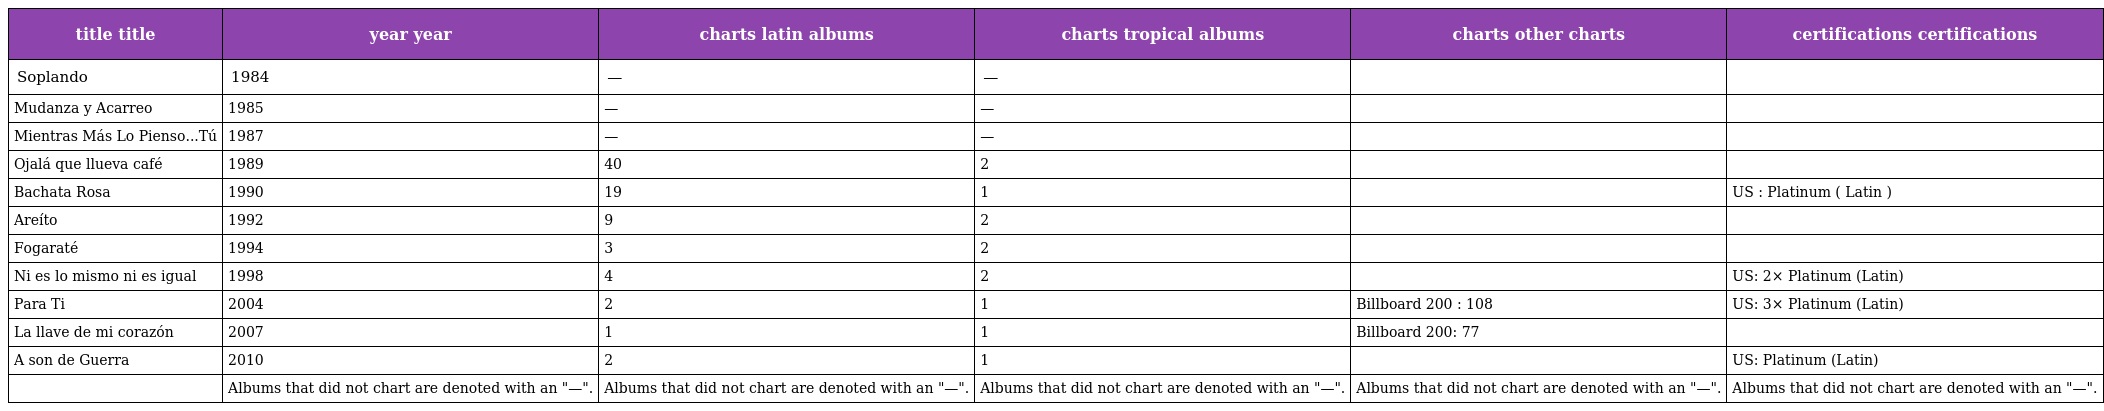
| title title | year year | charts latin albums | charts tropical albums | charts other charts | certifications certifications |
 | --- | --- | --- | --- | --- | --- |
 | Soplando | 1984 | — | — |  |  |
 | Mudanza y Acarreo | 1985 | — | — |  |  |
 | Mientras Más Lo Pienso...Tú | 1987 | — | — |  |  |
 | Ojalá que llueva café | 1989 | 40 | 2 |  |  |
 | Bachata Rosa | 1990 | 19 | 1 |  | US : Platinum ( Latin ) |
 | Areíto | 1992 | 9 | 2 |  |  |
 | Fogaraté | 1994 | 3 | 2 |  |  |
 | Ni es lo mismo ni es igual | 1998 | 4 | 2 |  | US: 2× Platinum (Latin) |
 | Para Ti | 2004 | 2 | 1 | Billboard 200 : 108 | US: 3× Platinum (Latin) |
 | La llave de mi corazón | 2007 | 1 | 1 | Billboard 200: 77 |  |
 | A son de Guerra | 2010 | 2 | 1 |  | US: Platinum (Latin) |
 |  | Albums that did not chart are denoted with an "—". | Albums that did not chart are denoted with an "—". | Albums that did not chart are denoted with an "—". | Albums that did not chart are denoted with an "—". | Albums that did not chart are denoted with an "—". |